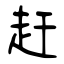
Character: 赶